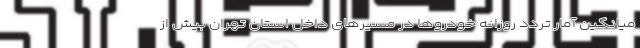
میانگین آمار تردد روزانه خودروها در مسیرهای داخل استان تهران بیش از